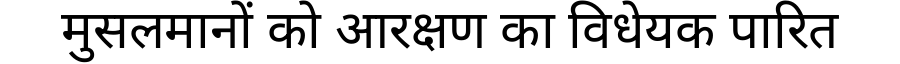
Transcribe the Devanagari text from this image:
मुसलमानों को आरक्षण का विधेयक पारित